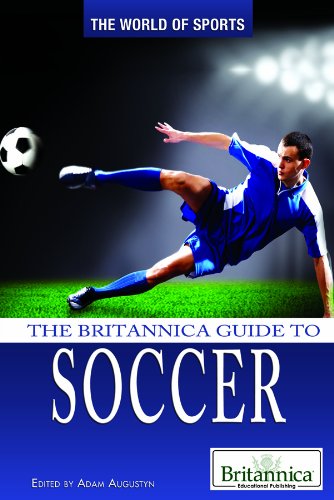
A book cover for The Britannica Guide to Soccer (The World of Sports); Teen & Young Adult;